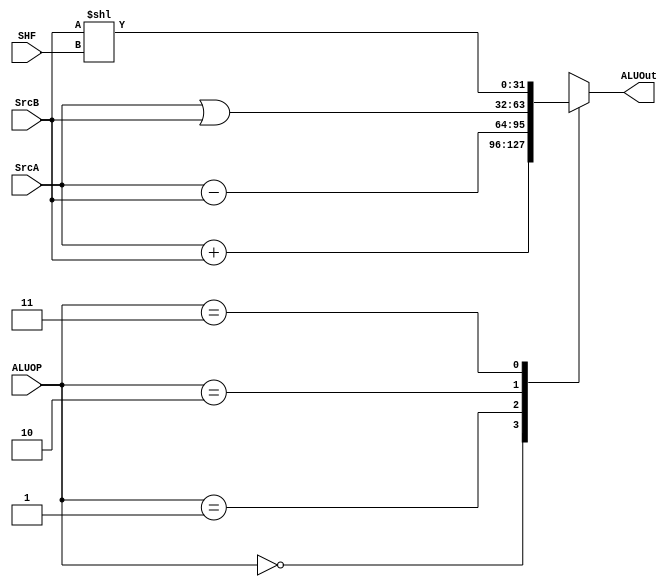
`timescale 1ns / 1ps

module ALU(
	input [3:0] ALUOP,
	input [31:0] SrcA,
	input [31:0] SrcB,
	input [4:0] SHF,
	output reg [31:0] ALUOut
    );
	
	parameter
	ADD = 0,
	SUB = 1,
	OR = 2, 
	LLEFT = 3;
	
	//when make shift, need to know the $sign and <<<
	always @(*) begin
		case(ALUOP)
			ADD:
				ALUOut = SrcA + SrcB;
			SUB:
				ALUOut = SrcA - SrcB;
			OR:
				ALUOut = SrcA | SrcB;
			LLEFT:
				ALUOut = SrcB << SHF;
			default:
				ALUOut = 32'dx;
		endcase
	end

endmodule